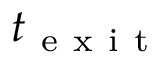
t _ { \mathrm { ~ e ~ x ~ i ~ t ~ } }